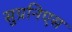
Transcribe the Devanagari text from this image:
सुग्रनिएस